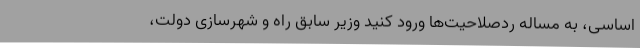
اساسی، به مساله ردصلاحیت‌ها ورود کنید وزیر سابق راه و شهرسازی دولت،